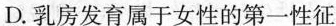
D.乳房发育属于女性的第一性征